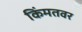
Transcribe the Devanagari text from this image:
किंमतवर